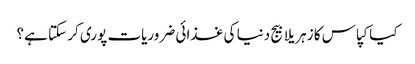
کیا کپاس کا زہریلا بیج دنیا کی غذائی ضروریات پوری کر سکتا ہے؟